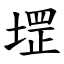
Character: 堽